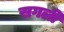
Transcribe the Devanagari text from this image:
सगली